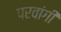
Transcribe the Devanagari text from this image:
परवांगी